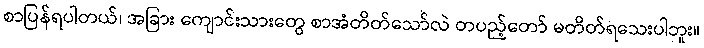
စာပြန်ရပါတယ်၊ အခြား ကျောင်းသားတွေ စာအံတိတ်သော်လဲ တပည့်တော် မတိတ်ရသေးပါဘူး။